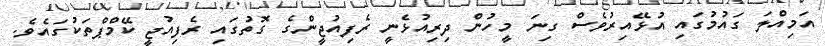
އަމިއްލަ ގައުމުގައި އުޅޭއިރުވެސް ގިނަ މީހުން ދިރިއުޅެނީ ރެފިއުޖީންގެ ގޮތުގައި ރެފިއުޖީ ކޭމްޕްތަކުގައެވެ.